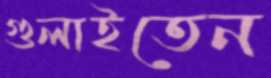
গুলাইতেন